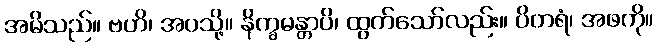
အမိသည်။ ဗဟိ၊ အပသို့။ နိက္ခမန္တာပိ၊ ထွက်သော်လည်း။ ပိတရံ၊ အဖကို။